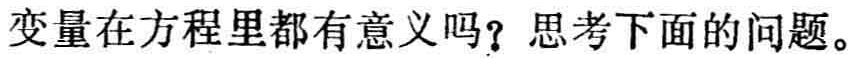
变量在方程里都有意义吗？思考下面的问题。